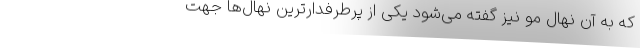
که به آن نهال مُو نیز گفته می‌شود یکی از پرطرفدارترین نهال‌ها جهت